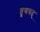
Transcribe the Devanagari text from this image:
तृणवत्